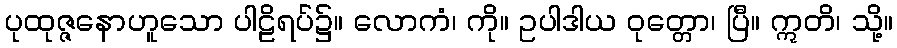
ပုထုဇ္ဇနောဟူသော ပါဠိရပ်၌။ လောကံ၊ ကို။ ဥပါဒါယ ဝုတ္တော၊ ပြီ။ ဣတိ၊ သို့။